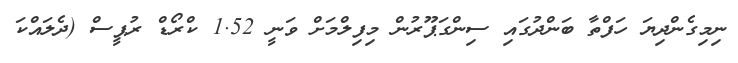
ނިމިގެންދިޔަ ހަފްތާ ބަންދުގައި ސިންގަޕޫރުން މިފިލްމަށް ވަނީ 1.52 ކްރޯޑް ރުޕީސް (ދެލައްކަ